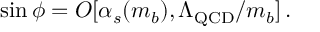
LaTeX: \sin \phi = O [ \alpha _ { s } ( m _ { b } ) , \Lambda _ { \mathrm { Q C D } } / m _ { b } ] \, .